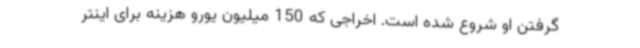
گرفتن او شروع شده است. اخراجی که 150 میلیون یورو هزینه برای اینتر